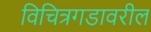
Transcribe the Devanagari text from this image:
विचित्रगडावरील